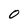
Character: O